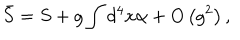
LaTeX: \bar { S } = S + g \int d ^ { 4 } x \alpha + O \left( g ^ { 2 } \right) ,